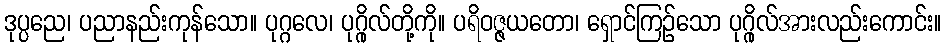
ဒုပ္ပညေ၊ ပညာနည်းကုန်သော။ ပုဂ္ဂလေ၊ ပုဂ္ဂိုလ်တို့ကို။ ပရိဝဇ္ဇယတော၊ ရှောင်ကြဉ်သော ပုဂ္ဂိုလ်အားလည်းကောင်း။